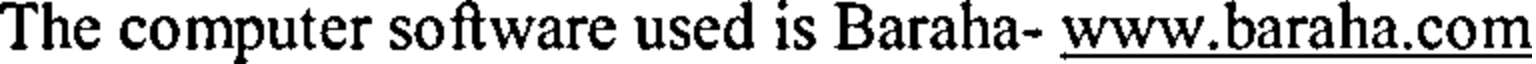
The computer software used is Baraha- www.baraha.com